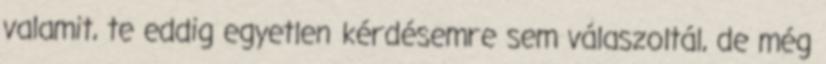
valamit, te eddig egyetlen kérdésemre sem válaszoltál, de még